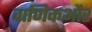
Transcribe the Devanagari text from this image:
वाणिकऔर